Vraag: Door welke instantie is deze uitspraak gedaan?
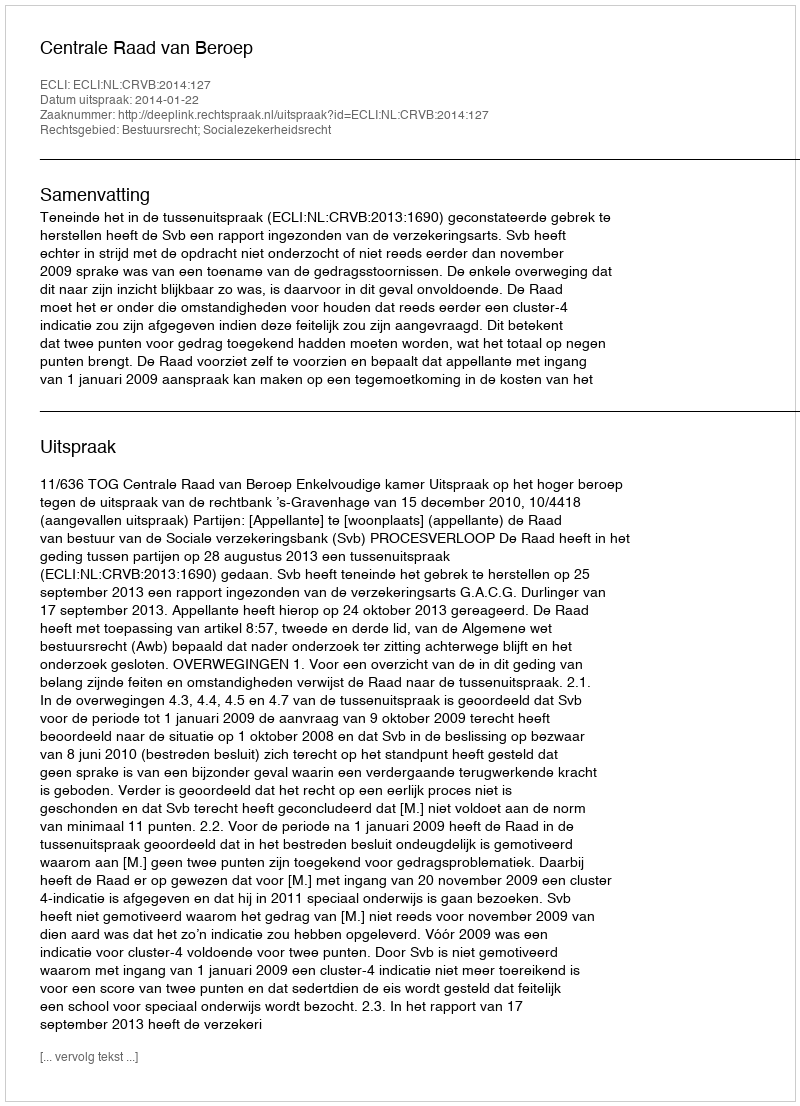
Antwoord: Centrale Raad van Beroep